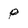
Character: p